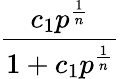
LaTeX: \frac{c_{1}p^{\frac{1}{n}}}{1+c_{1}p^{\frac{1}{n}}}